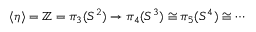
\langle \eta \rangle = \mathbb { Z } = \pi _ { 3 } ( S ^ { 2 } ) \to \pi _ { 4 } ( S ^ { 3 } ) \cong \pi _ { 5 } ( S ^ { 4 } ) \cong \cdots